Report of veterinary surgeon J.H. Steel, A.V.D., on his investigation into an obscure and fatal disease among transport mules in British Burma
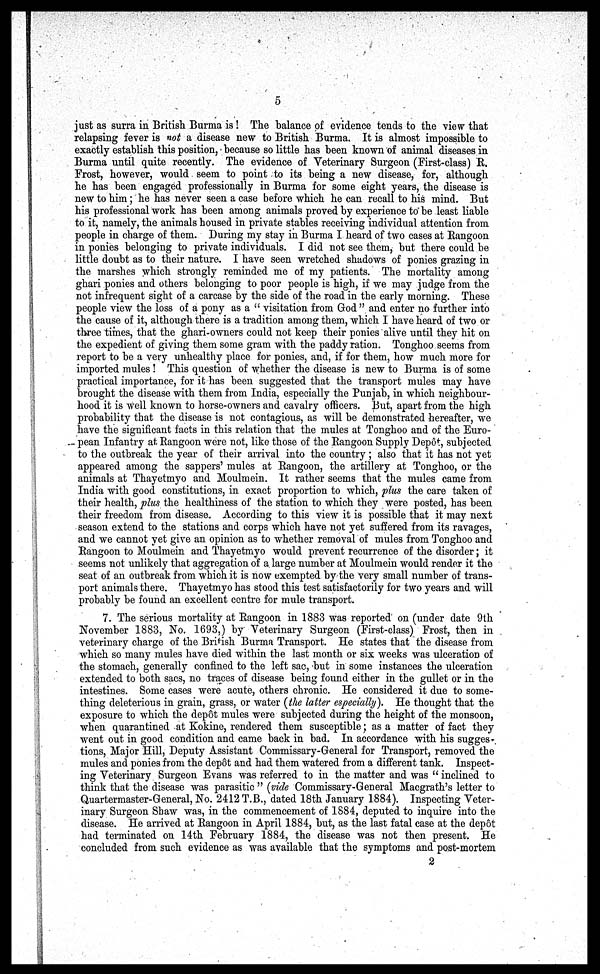
5
just as surra in British. Burma is ! The balance of evidence tends to the view that
relapsing fever is not a disease new to British Burma. It is almost impossible to
exactly establish this position, because so little has been known of animal diseases in
Burma until quite recently. The evidence of Veterinary Surgeon (First-class) E.
Frost, however, would seem to point to its being a new disease, for, although
he has been engaged professionally in Burma for some eight years, the disease is
new to him; he has never seen a case before which he can recall to his mind. But
his professional work has been among animals proved by experience to be least liable
to it, namely, the animals housed in private stables receiving individual attention from
people in charge of them. During my stay in Burma I heard of two cases at Rangoon
in ponies belonging to private individuals. I did not see them, but there could be
little doubt as to their nature. I have seen wretched shadows of ponies grazing in
the marshes which strongly reminded me of my patients. The mortality among
ghari ponies and others belonging to poor people is high, if we may judge from the
not infrequent sight of a carcase by the side of the road in the early morning. These
people view the loss of a pony as a " visitation from God" and enter no further into
the cause of it, although there is a tradition among them, which I have heard of two or
three times, that the ghari-owners could not keep their ponies alive until they hit on
the expedient of giving them some gram with the paddy ration. Tonghoo seems from
report to be a very unhealthy place for ponies, and, if for them, how much more for
imported mules ! This question of whether the disease is new to Burma is of some
practical importance, for it has been suggested that the transport mules may have
brought the disease with them from India, especially the Punjab, in which neighbour-
hood it is well known to horse-owners and cavalry officers. But, apart from the high
probability that the disease is not contagious, as will be demonstrated hereafter, we
have the significant facts in this relation that the mules at Tonghoo and of the Euro-
pean Infantry at Rangoon were not, like those of the Rangoon Supply Depot, subjected
to the outbreak the year of their arrival into the country; also that it has not yet
appeared among the sappers' mules at Rangoon, the artillery at Tonghoo, or the
animals at Thayetmyo and Moulmein. It rather seems that the mules came from
India with good constitutions, in exact proportion to which, plus the care taken of
their health, plus the healthiness of the station to which they were posted, has been
their freedom from disease. According to this view it is possible that it may next
season extend to the stations and corps which have not yet suffered from its ravages,
and we cannot yet give an opinion as to whether removal of mules from Tonghoo and
Rangoon to Moulmein and Thayetmyo would prevent recurrence of the disorder; it
seems not unlikely that aggregation of a large number at Moulmein would render it the
seat of an outbreak from which it is now exempted by the very small number of trans-
port animals there. Thayetmyo has stood this test satisfactorily for two years and will
probably be found an excellent centre for mule transport.
7. The serious mortality at Rangoon in 1883 was reported on (under date 9th
November 1883, No. 1693,) by Veterinary Surgeon (First-class) Frost, then in
veterinary charge of the British Burma Transport. He states that the disease from
which so many mules have died within the last month or six weeks was ulceration of
the stomach, generally confined to the left sac, but in some instances the ulceration
extended to both sacs, no traces of disease being found either in the gullet or in the
intestines. Some cases were acute, others chronic. He considered it due to some-
thing deleterious in grain, grass, or water (the latter especially). He thought that the
exposure to which the depôt mules were subjected during the height of the monsoon,
when quarantined at Kokine, rendered them susceptible; as a matter of fact they
went out in good condition and came back in bad. In accordance with his sugges-
tions, Major Hill, Deputy Assistant Commissary-General for Transport, removed the
mules and ponies from the dep6t and had them watered from a different tank. Inspect-
ing Veterinary Surgeon Evans was referred to in the matter and was " inclined to
think that the disease was parasitic " (vide Commissary-General Macgrath's letter to
Quartermaster-General, No. 2412 T.B., dated 18th January 1884). Inspecting Veter-
inary Surgeon Shaw was, in the commencement of 1884, deputed to inquire into the
disease. He arrived at Rangoon in April 1884, but, as the last fatal case at the depot
had terminated on 14th February 1884, the disease was not then present. He
concluded from such evidence as was available that the symptoms and post-mortem
2